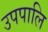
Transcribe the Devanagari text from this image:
उपपालि